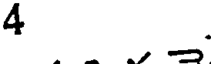
4